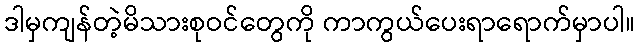
ဒါမှကျန်တဲ့မိသားစုဝင်တွေကို ကာကွယ်ပေးရာရောက်မှာပါ။